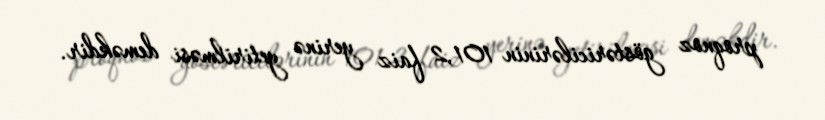
proqnoz göstəricilərinin 101,2 faiz yerinə yetirilməsi deməkdir.